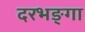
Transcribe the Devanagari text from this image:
दरभङ्गा